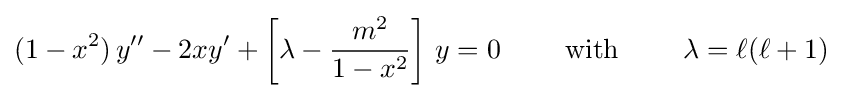
(1-x^{2})\,y''-2xy'+\left[\lambda -{\frac {m^{2}}{1-x^{2}}}\right]\,y=0\qquad {\text{ with }}\qquad \lambda =\ell (\ell +1)